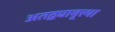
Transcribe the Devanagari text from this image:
अतद्व्यावृत्त्या